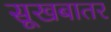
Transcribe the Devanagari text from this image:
सूखबातर